Malaria in India - Number 2
Disease focus: Malaria
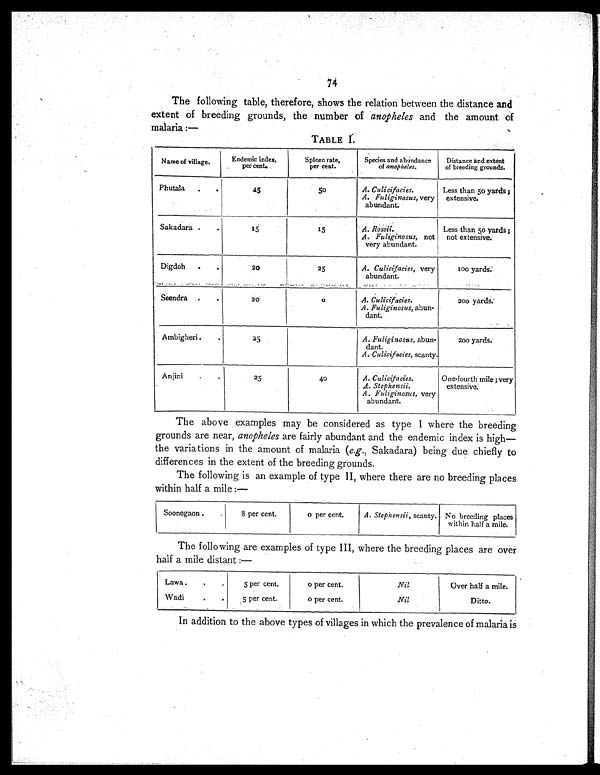
74
The following table, therefore, shows the relation between the .distance and
extent of breeding grounds, the number of anopheles and the amount of
malaria:—
TABLE I.
Name of village.
Endemic index,
per cent..
Spleen rate,
per cent.
Species and abundance
of anopheles.
Distance and extent
of breeding grounds.
Phutala
45
50
A. Culicifacies.
A. Fuliginosus, very
abundant.
Less than 50 yards;
extensive.
Sakadara
1 5
15
A. Rossii.
A. Fuliginosus, not
very abundant.
Less than 50 yards;
not extensive.
Digdoh
20
25
A. Culicifacies, very
abundant.
100 yards.
Seendra
2 0
o
A. Culicifacies.
A. Fuliginosus, abun
dant.
200 yards.
Ambigheri
25
A. Fuliginosus, abun
dant.
A. Culicifacies, scanty.
200 yards.
Anjini
25
40
A. Culicifacies.
A. Stephensii.
A. Fuliginosus, very
abundant.
One-fourth mile; very
extensive.
The above examples may be considered as type I where the breeding
grounds are near, anopheles are fairly abundant and the endemic index is high—
the variations in the amount of malaria (e.g., Sakadara) being due chiefly to
differences in the extent of the breeding grounds.
The following is an example of type II, where there are no breeding places
within half a mile :—
Soonegaon.
8 per cent.
o per cent.
A. Stephensii, scanty. No breeding places
within half a mile.
The following are examples of type III, where the breeding places are over
half a mile distant :—
Lawa.
Wadi
5 per cent.
5 per cent.
o per cent.
o per cent.
Nil
Nil
Over half a mile.
Ditto.
In addition to the above types of villages in which the prevalence of malaria